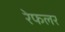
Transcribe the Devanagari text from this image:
रेफलर